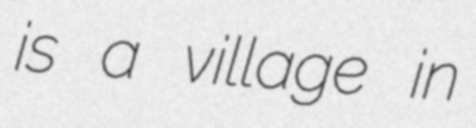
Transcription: is a village in